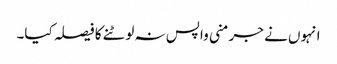
انہوں نے جرمنی واپس نہ لوٹنے کا فیصلہ کیا۔